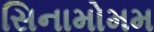
સિનામોમમ